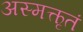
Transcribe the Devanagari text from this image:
अस्मत्कृतं